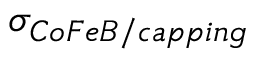
\sigma _ { C o F e B / c a p p i n g }